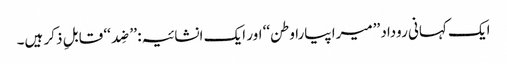
ایک کہانی روداد ’’میرا پیارا وطن‘‘ اور ایک انشائیہ: ’’ضِد‘‘ قابلِ ذکر ہیں۔